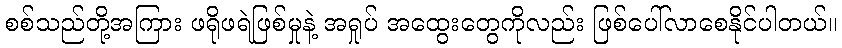
စစ်သည်တို့အကြား ဖရိုဖရဲဖြစ်မှုနဲ့ အရှုပ် အထွေးတွေကိုလည်း ဖြစ်ပေါ်လာစေနိုင်ပါတယ်။